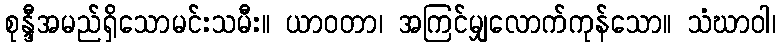
စုန္ဒီအမည်ရှိသောမင်းသမီး။ ယာဝတာ၊ အကြင်မျှလောက်ကုန်သော။ သံဃာဝါ၊